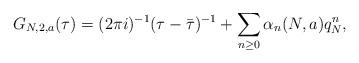
LaTeX: \begin{align*} G_{N,2,a}(\tau) = (2\pi i)^{-1} (\tau - \bar \tau)^{-1} + \sum_{n \geq 0} \alpha_n(N,a) q_N^{n},\end{align*}